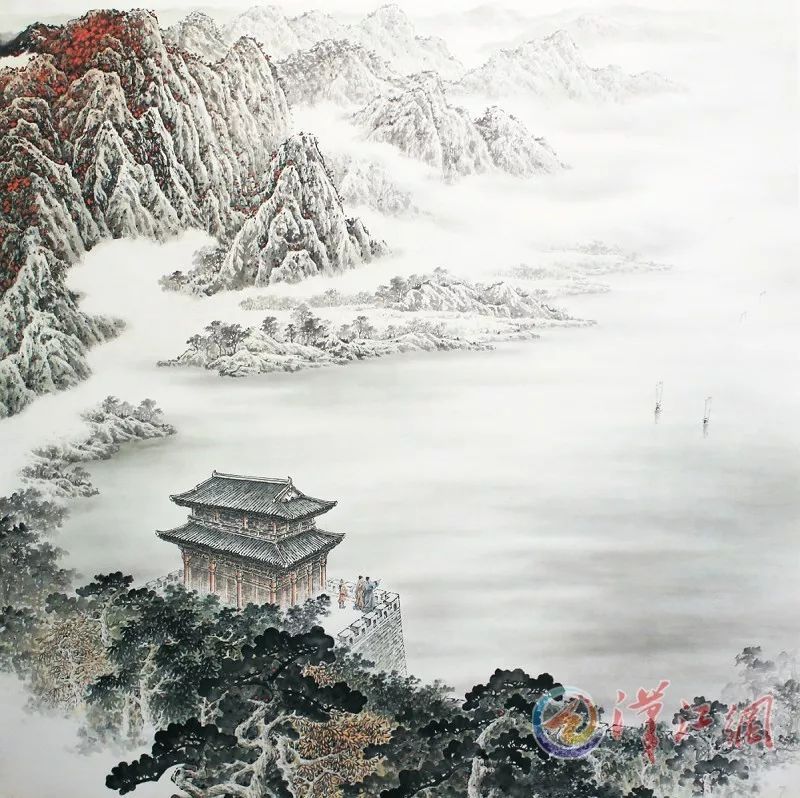
不见襄阳登览，磨灭游人无数，遗恨黯难收。